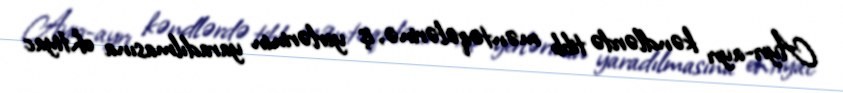
Ayrı-ayrı kəndlərdə tibb məntəqələrinə, iş yerlərinin yaradılmasına ehtiyac